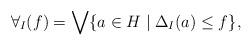
LaTeX: \begin{align*}\forall_I(f) = \bigvee \{a \in H \mid \Delta_I(a) \leq f\},\end{align*}